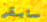
سابقى